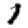
Digit: 1